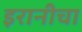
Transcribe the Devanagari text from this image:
इरानीचा